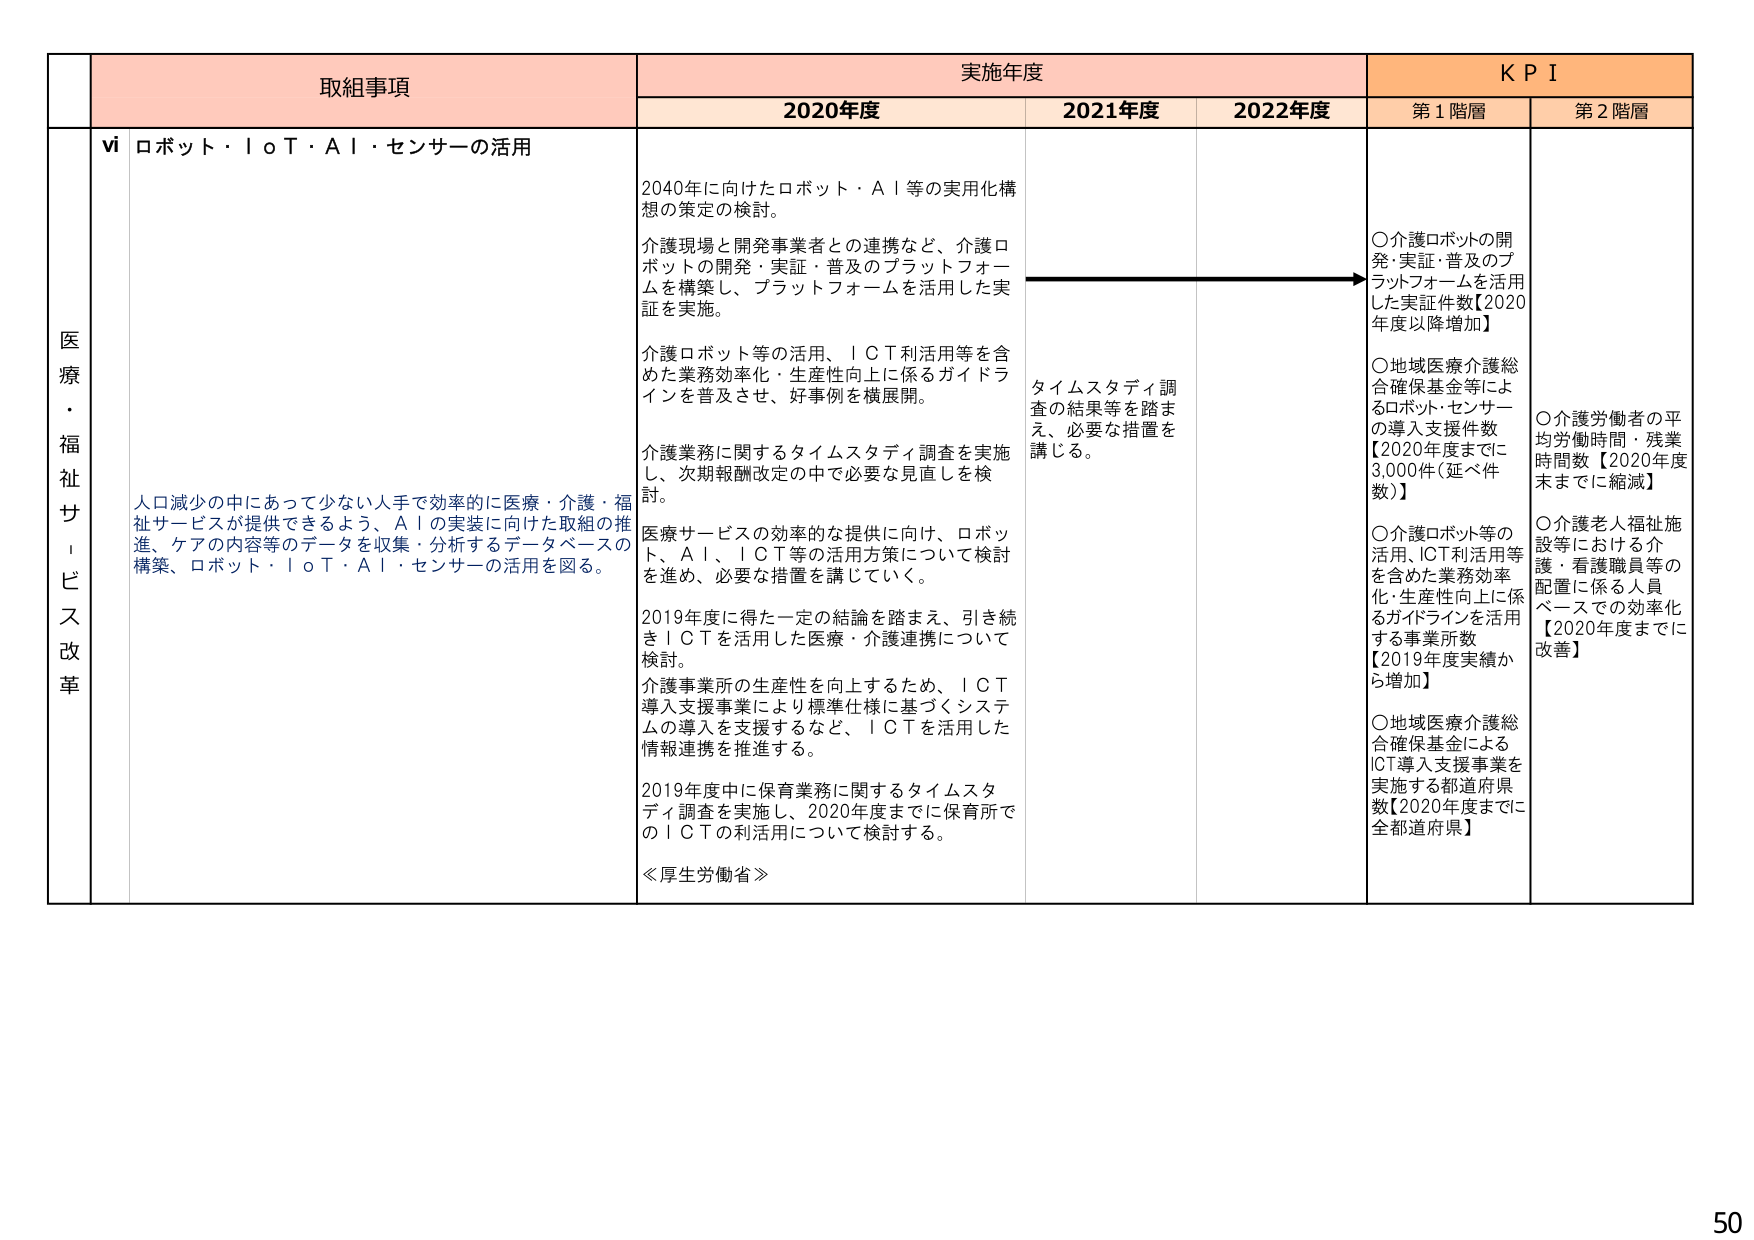
医療・福祉サービス改革

取組事項
vi ロボット・ＩｏＴ・ＡＩ・センサーの活用

人口減少の中にあって少ない人手で効率的に医療・介護・福祉サービスが提供できるよう、ＡＩの実装に向けた取組の推進、ケアの内容等のデータを収集・分析するデータベースの構築、ロボット・ＩｏＴ・ＡＩ・センサーの活用を図る。

実施年度
2020年度
2040年に向けたロボット・ＡＩ等の実用化構想の策定の検討。
介護現場と開発事業者との連携など、介護ロボットの開発・実証・普及のプラットフォームを構築し、プラットフォームを活用した実証を実施。
介護ロボット等の活用、ＩＣＴ利活用等を含めた業務効率化・生産性向上に係るガイドラインを普及させ、好事例を横展開。
介護業務に関するタイムスタディ調査を実施し、次期報酬改定の中で必要な見直しを検討。
医療サービスの効率的な提供に向け、ロボット、ＡＩ、ＩＣＴ等の活用方策について検討を進め、必要な措置を講じていく。
2019年度に得た一定の結論を踏まえ、引き続きＩＣＴを活用した医療・介護連携について検討。
介護事業所の生産性を向上するため、ＩＣＴ導入支援事業により標準仕様に基づくシステムの導入を支援するなど、ＩＣＴを活用した情報連携を推進する。
2019年度中に保育業務に関するタイムスタディ調査を実施し、2020年度までに保育所でのＩＣＴの利活用について検討する。
≪厚生労働省≫

2021年度
タイムスタディ調査の結果等を踏まえ、必要な措置を講じる。

2022年度

ＫＰＩ
第１階層
○介護ロボットの開発・実証・普及のプラットフォームを活用した実証件数【2020年度以降増加】
○地域医療介護総合確保基金等によるロボット・センサーの導入支援件数【2020年度までに3,000件（延べ件数）】
○介護ロボット等の活用、ＩＣＴ利活用等を含めた業務効率化・生産性向上に係るガイドラインを活用する事業所数【2019年度実績から増加】
○地域医療介護総合確保基金によるＩＣＴ導入支援事業を実施する都道府県数【2020年度までに全都道府県】

第２階層
○介護労働者の平均労働時間・残業時間数【2020年度末までに縮減】
○介護老人福祉施設等における介護・看護職員等の配置に係る人員ベースでの効率化【2020年度までに改善】

50